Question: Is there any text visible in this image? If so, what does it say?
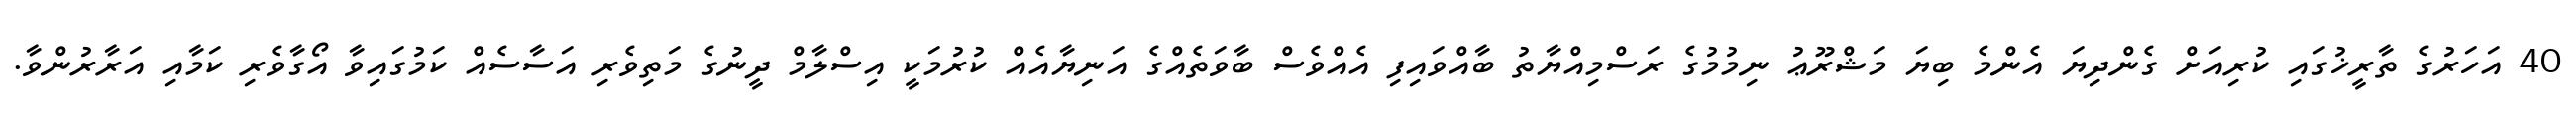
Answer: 40 އަހަރުގެ ތާރީޚުގައި ކުރިއަށް ގެންދިޔަ އެންމެ ބިޔަ މަޝްރޫޢު ނިމުމުގެ ރަސްމިއްޔާތު ބާއްވައިފި އެއްވެސް ބާވަތެއްގެ އަނިޔާއެއް ކުރުމަކީ އިސްލާމް ދީނުގެ މަތިވެރި އަސާސެއް ކަމުގައިވާ އޯގާވެރި ކަމާއި އަރާރުންވާ.